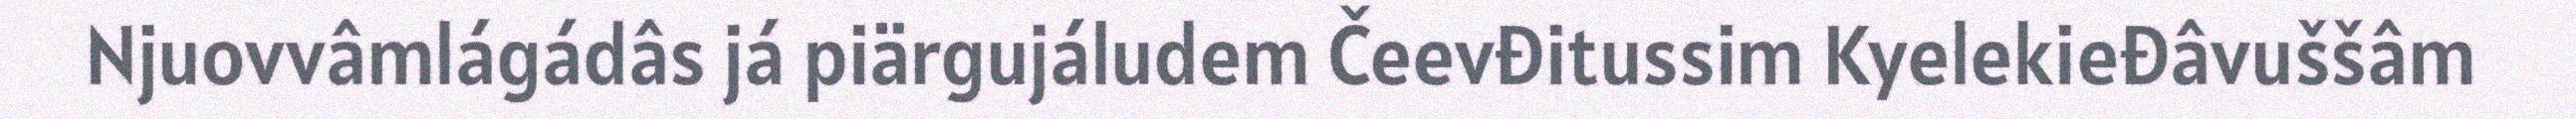
Njuovvâmlágádâs já piärgujáludem Čeevđitussim Kyelekieđâvuššâm